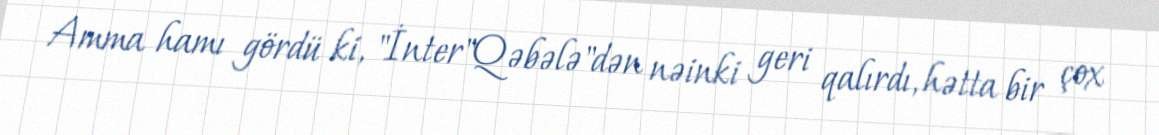
Amma hamı gördü ki, "İnter"Qəbələ"dən nəinki geri qalırdı, hətta bir çox